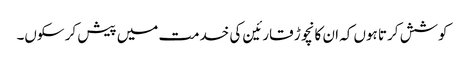
کوشش کرتا ہوں کہ ان کا نچوڑ قارئین کی خدمت میں پیش کر سکوں۔